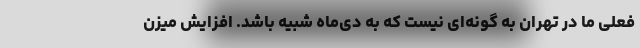
فعلی ما در تهران به گونه‌ای نیست که به دی‌ماه شبیه باشد. افزایش میزن